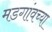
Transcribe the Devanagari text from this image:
मडगांवच्या